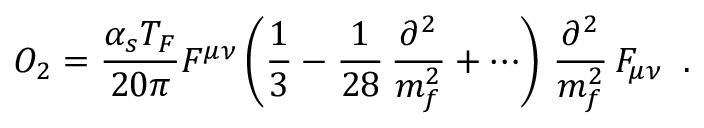
{ \cal O } _ { 2 } = { \frac { \alpha _ { s } T _ { F } } { 2 0 \pi } } { \cal F } ^ { \mu \nu } \left( { \frac { 1 } { 3 } } - { \frac { 1 } { 2 8 } } \, { \frac { \partial ^ { 2 } } { m _ { f } ^ { 2 } } } + \cdots \right) \, { \frac { \partial ^ { 2 } } { m _ { f } ^ { 2 } } } \, { \cal F } _ { \mu \nu } \; \; .